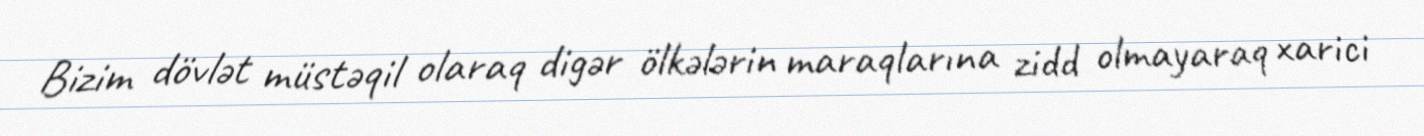
Bizim dövlət müstəqil olaraq digər ölkələrin maraqlarına zidd olmayaraq xarici